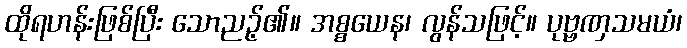
ထိုရဟန်းဖြစ်ပြီး သောညဉ့်၏။ အစ္စယေန၊ လွန်သဖြင့်။ ပုဗ္ဗဏှသမယံ၊